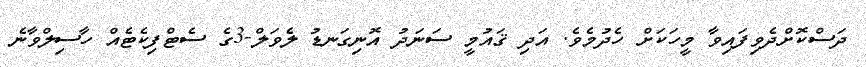
ދަސްކޮށްދެވިފައިވާ މީހަކަށް ހެދުމެވެ. އަދި ޤައުމީ ސަނަދު އޮނިގަނޑު ލެވަލް-3ގެ ސެޓްފިކެޓެއް ހާސިލްވާނެ